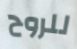
للروح